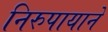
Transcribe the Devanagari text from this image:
निरुपायाने